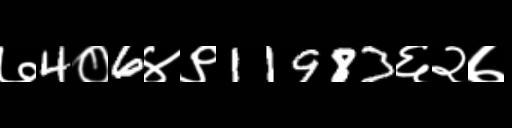
Text: ७4०6४९11983६२७